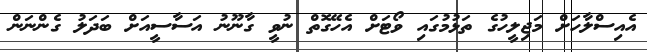
އެއިސްލާހަށް މަޖިލީހުގެ ތަޅުމުގައި ވޯޓަށް އެހޭގޮތް ނުވީ ގާނޫނު އަސާސީއަށް ބަދަލު ގެންނަން